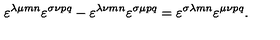
\varepsilon ^ { \lambda \mu m n } \varepsilon ^ { \sigma \nu p q } - \varepsilon ^ { \lambda \nu m n } \varepsilon ^ { \sigma \mu p q } = \varepsilon ^ { \sigma \lambda m n } \varepsilon ^ { \mu \nu p q } .